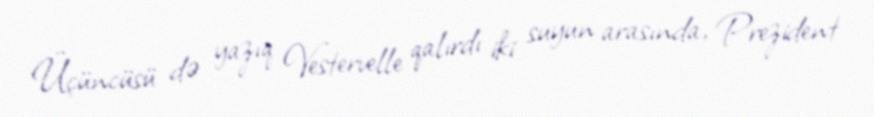
Üçüncüsü də yazıq Vestervelle qalırdı iki suyun arasında, Prezident